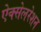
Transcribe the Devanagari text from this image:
ऐक्सेलरेशन